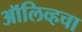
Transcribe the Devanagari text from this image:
ऑलिव्हचा